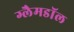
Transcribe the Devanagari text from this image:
ग्लैमडॉल